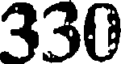
330